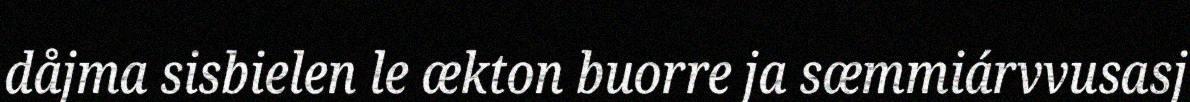
dåjma sisbielen le ækton buorre ja sæmmiárvvusasj